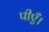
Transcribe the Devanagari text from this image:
पीएँ।